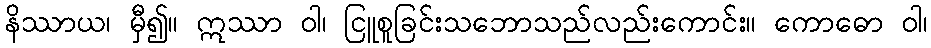
နိဿာယ၊ မှီ၍။ ဣဿာ ဝါ၊ ငြူစူခြင်းသဘောသည်လည်းကောင်း။ ကောဓော ဝါ၊